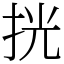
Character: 挄